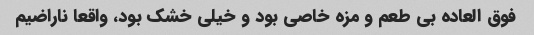
فوق العاده بی طعم و مزه خاصی بود و خیلی خشک بود، واقعا ناراضیم